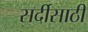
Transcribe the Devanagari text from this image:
सर्दीसाठी